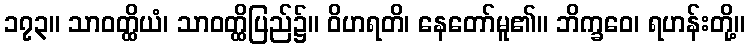
၁၇၃။ သာဝတ္ထိယံ၊ သာဝတ္ထိပြည်၌။ ဝိဟရတိ၊ နေတော်မူ၏။ ဘိက္ခဝေ၊ ရဟန်းတို့။